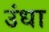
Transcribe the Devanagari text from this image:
उंधा